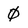
Character: 0